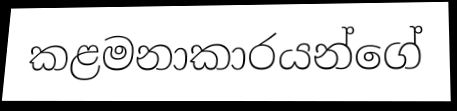
කළමනාකාරයන්ගේ